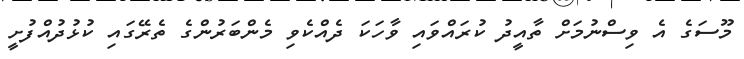
މޫސަގެ އެ ވިސްނުމަށް ތާއީދު ކުރައްވައި ވާހަކަ ދެއްކެވި މެންބަރުންގެ ތެރޭގައި ކުޅުދުއްފުށީ